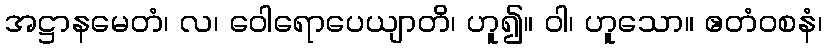
အဋ္ဌာနမေတံ၊ လ၊ ဝေါရောပေယျာတိ၊ ဟူ၍။ ဝါ၊ ဟူသော။ ဧတံဝစနံ၊